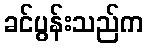
ခင်ပွန်းသည်က